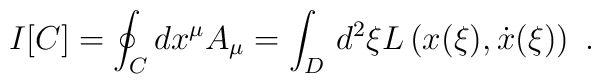
I[C]=\oint_C dx^\mu A_\mu=\int_D\, d^2{\xi} L\left(x({\xi}),\dot x({\xi})\right)\ .